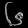
Digit: ၆